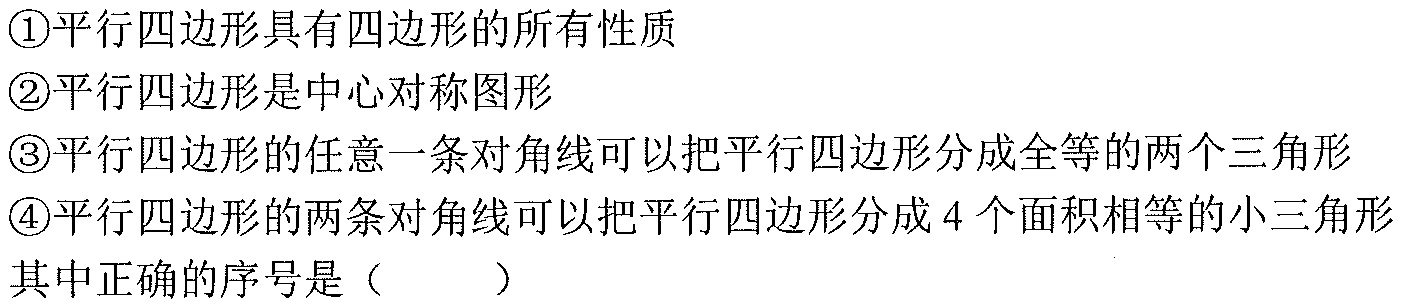
\textcircled{1}平行四边形具有四边形的所有性质
\textcircled{2}平行四边形是中心对称图形
\textcircled{3}平行四边形的任意一条对角线可以把平行四边形分成全等的两个三角形
\textcircled{4}平行四边形的两条对角线可以把平行四边形分成\(4\)个面积相等的小三角形
其中正确的序号是（  ）